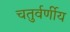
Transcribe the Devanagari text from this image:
चतुर्वर्णीय